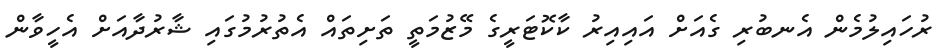
ރުހައިލުމެން އެނބުރި ގެއަށް އައިއިރު ކާކޮޓަރީގެ މޭޒުމަތީ ތަށިތައް އެތުރުމުގައި ޝާރުދާއަށް އެހީވާން